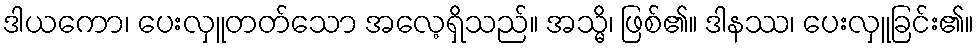
ဒါယကော၊ ပေးလှူတတ်သော အလေ့ရှိသည်။ အသ္မိ၊ ဖြစ်၏။ ဒါနဿ၊ ပေးလှူခြင်း၏။